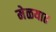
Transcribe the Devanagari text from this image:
मेळयात